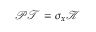
\mathcal { P T } = \sigma _ { x } \mathcal { K }